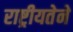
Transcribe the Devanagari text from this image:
राष्ट्रीयतेने